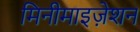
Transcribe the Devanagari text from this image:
मिनीमाइज़ेशन